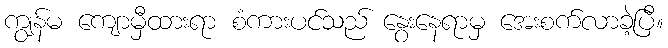
ကျွန်မ ကျောမှီထားရာ စံကားပင်သည် နွေးနေရာမှ အေးစက်လာခဲ့ပြီ။